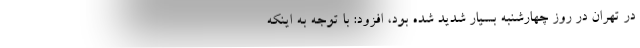
در تهران در روز چهارشنبه بسیار شدید شده بود، افزود: با توجه به اینکه